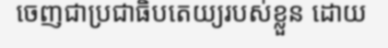
ចេញជាប្រជាធិបតេយ្យរបស់ខ្លួន ដោយ